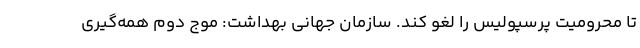
تا محرومیت پرسپولیس را لغو کند. سازمان جهانی بهداشت: موج دوم همه‌گیری